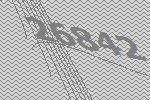
26842